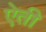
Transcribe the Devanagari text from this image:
ऐती